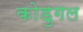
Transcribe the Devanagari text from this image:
कोडुगल